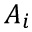
A _ { i }